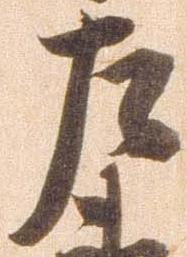
左